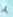
بما